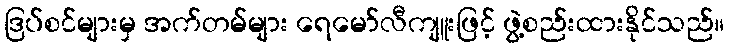
ဒြပ်စင်များမှ အက်တမ်များ ရေမော်လီကျူးဖြင့် ဖွဲ့စည်းထားနိုင်သည်။